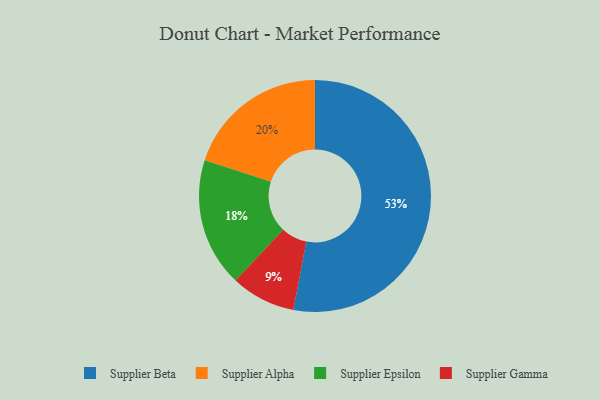
{"axis": {"x": "Category", "y": "Percentage"}, "legend": ["Supplier Alpha", "Supplier Beta", "Supplier Epsilon", "Supplier Gamma"], "data": [{"x": "Supplier Epsilon", "y": 18, "type": "Supplier Epsilon"}, {"x": "Supplier Beta", "y": 53, "type": "Supplier Beta"}, {"x": "Supplier Gamma", "y": 9, "type": "Supplier Gamma"}, {"x": "Supplier Alpha", "y": 20, "type": "Supplier Alpha"}]}